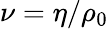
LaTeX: \nu=\eta/\rho_{0}